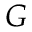
G